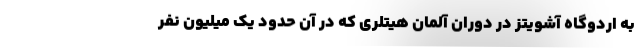
به اردوگاه آشویتز در دوران آلمان هیتلری که در آن حدود یک میلیون نفر